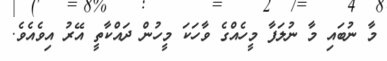
މާ ނުބައި މާ ނުލަފާ މީހެއްގެ ވާހަކަ މީހުން ދައްކާތީ އޭރު އިވެއެވެ.